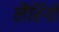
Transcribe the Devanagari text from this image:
लैरिंगो